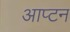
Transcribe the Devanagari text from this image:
आप्टन